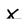
Character: X